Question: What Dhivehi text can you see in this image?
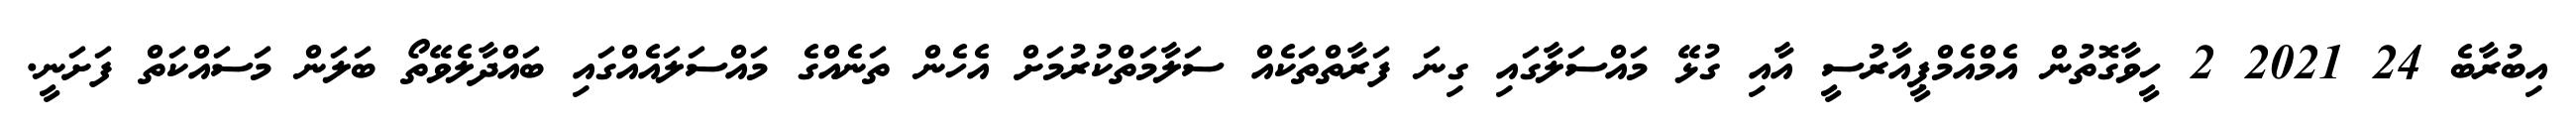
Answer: އިބުރާބެ 24 2021 2 ހީވާގޮތުން އެމްއެމްޕީއާރުސީ އާއި ގުޅޭ މައްސަލާގައި ގިނަ ފަރާތްތަކެއް ސަލާމަތްކުރުމަށް އެހެން ތަނެއްގެ މައްސަލައެއްގައި ބައްދާލެވޭތޯ ބަލަން މަސައްކަތް ފަށަނީ.